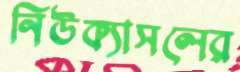
নিউক্যাসলের